Civil Veterinary Department Bihar & Orissa reports 1911-21 - 1911-1921
Year: 1911
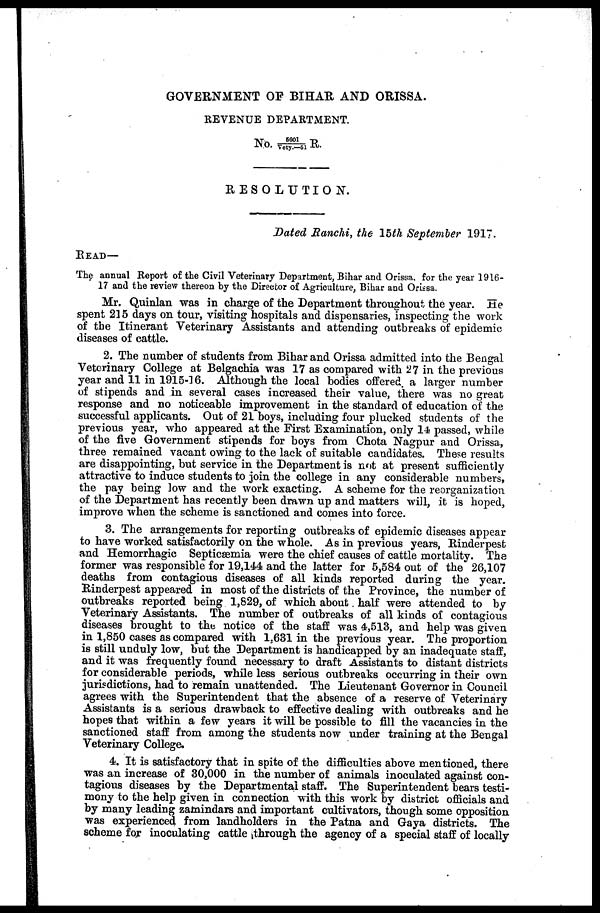
GOVERNMENT OP BIHAR AND ORISSA.
REVENUE DEPARTMENT.
No. 5601/Vety.—51 R.
RESOLUTION.
Dated Ranchi, the 15th September 1917.
READ—
The annual Report of the Civil Veterinary Department, Bihar and Orissa, for the year 1916-
17 and the review thereon by the Director of Agriculture, Bihar and Orissa.
Mr. Quinlan was in charge of the Department throughout the year. He
spent 215 days on tour, visiting hospitals and dispensaries, inspecting the work
of the Itinerant Veterinary Assistants and attending outbreaks of epidemic
diseases of cattle.
2. The number of students from Bihar and Orissa admitted into the Bengal
Veterinary College at Belgachia was 17 as compared with 27 in the previous
year and 11 in 1915-16. Although the local bodies offered, a larger number
of stipends and in several cases increased their value, there was no great
response and no noticeable improvement in the standard of education of the
successful applicants. Out of 21 boys, including four plucked students of the
previous year, who appeared at the First Examination, only 14 passed, while
of the five Government stipends for boys from Chota Nagpur and Orissa,
three remained vacant owing to the lack of suitable candidates. These results
are disappointing, but service in the Department is not at present sufficiently
attractive to induce students to join the college in any considerable numbers,
the pay being low and the work exacting. A scheme for the reorganization
of the Department has recently been drawn up and matters will, it is hoped,
improve when the scheme is sanctioned and comes into force.
3. The arrangements for reporting outbreaks of epidemic diseases appear
to have worked satisfactorily on the whole. As in previous years, Rinderpest
and Hemorrhagic Septicæmia were the chief causes of cattle mortality. The
former was responsible for 19,144 and the latter for 5,584 out of the 26,107
deaths from contagious diseases of all kinds reported during the year.
Rinderpest appeared in most of the districts of the Province, the number of
outbreaks reported being 1,829, of which about half were attended to by
Veterinary Assistants. The number of outbreaks of all kinds of contagious
diseases brought to the notice of the staff was 4,513, and help was given
in 1,850 cases as compared with 1,631 in the previous year. The proportion
is still unduly low, but the Department is handicapped by an inadequate staff,
and it was frequently found necessary to draft Assistants to distant districts
for considerable periods, while less serious outbreaks occurring in their own
jurisdictions, had to remain unattended. The Lieutenant Governor in Council
agrees with the Superintendent that the absence of a reserve of Veterinary
Assistants is a serious drawback to effective dealing with outbreaks and he
hopes that within a few years it will be possible to fill the vacancies in the
sanctioned staff from among the students now under training at the Bengal
Veterinary College.
4. It is satisfactory that in spite of the difficulties above mentioned, there
was an increase of 30,000 in the number of animals inoculated against con-
tagious diseases by the Departmental staff. The Superintendent bears testi-
mony to the help given in connection with this work by district officials and
by many leading zamindars and important cultivators, though some opposition
was experienced from landholders in the Patna and Gaya districts. The
scheme for inoculating cattle through the agency of a special staff of locally